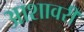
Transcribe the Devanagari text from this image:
आशावरी